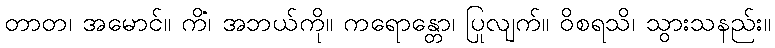
တာတ၊ အမောင်။ ကိံ၊ အဘယ်ကို။ ကရောန္တော၊ ပြုလျက်။ ဝိစရသိ၊ သွားသနည်း။